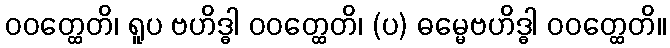
ဝဝတ္ထေတိ၊ ရူပ ဗဟိဒ္ဓါ ဝဝတ္ထေတိ၊ (ပ) ဓမ္မေဗဟိဒ္ဓါ ဝဝတ္ထေတိ။